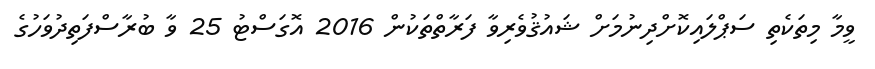
ވީމާ މިތަކެތި ސަޕްލައިކޮށްދިނުމަށް ޝައުޤުވެރިވާ ފަރާތްތަކުން 2016 އޮގަސްޓު 25 ވާ ބުރާސްފަތިދުވަހުގެ